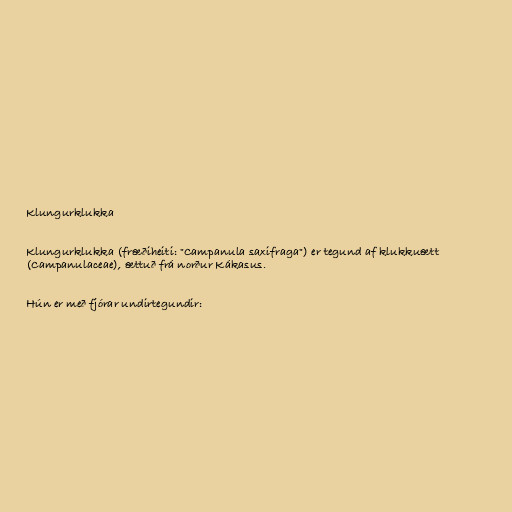
Klungurklukka

Klungurklukka (fræðiheiti: "Campanula saxifraga") er tegund af klukkuætt
(Campanulaceae), ættuð frá norður Kákasus.

Hún er með fjórar undirtegundir: